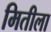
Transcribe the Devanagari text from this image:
मितीला